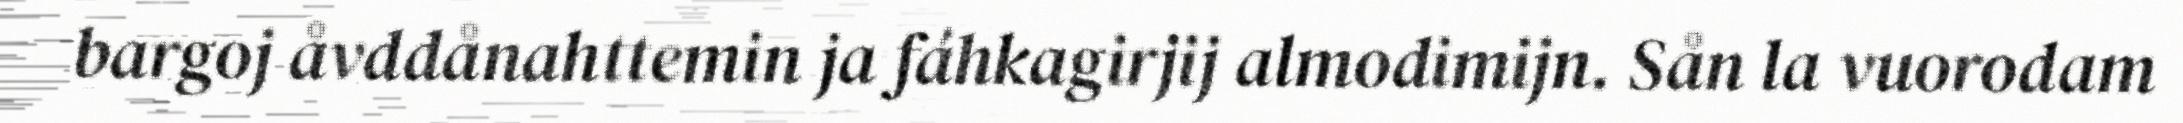
bargoj åvddånahttemin ja fáhkagirjij almodimijn. Sån la vuorodam